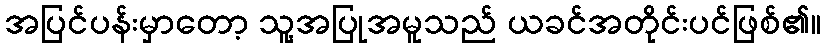
အပြင်ပန်းမှာတော့ သူ့အပြုအမူသည် ယခင်အတိုင်းပင်ဖြစ်၏။